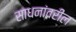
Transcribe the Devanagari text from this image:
साधनांवरील